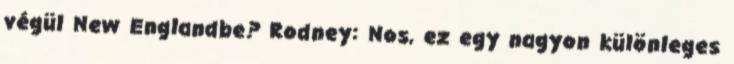
végül New Englandbe? Rodney: Nos, ez egy nagyon különleges